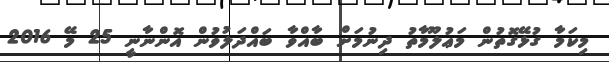
މިކަމާ ގުޅޭގޮތުން މަޢުލޫމާތު ދިނުމަށް ބާއްވާ ބައްދަލުވުން އޮންނާނީ 25 މޭ 2016